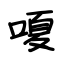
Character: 嗄